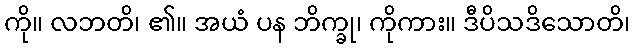
ကို။ လဘတိ၊ ၏။ အယံ ပန ဘိက္ခု၊ ကိုကား။ ဒီပိသဒိသောတိ၊